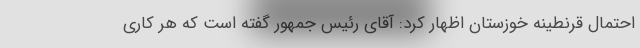
احتمال قرنطینه خوزستان اظهار کرد: آقای رئیس جمهور گفته است که هر کاری